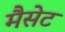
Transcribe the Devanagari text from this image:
मैसेट